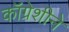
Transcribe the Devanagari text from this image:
कॉग्रेशीने